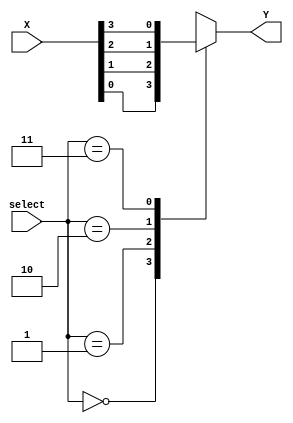
module mux_4_to_1(
    output reg Y,
    input [3:0] X,
    input [1:0] select 
);
always @(X,select)
case(select)
2'b00: Y=X[0];
2'b01: Y=X[1];
2'b10: Y=X[2];
2'b11: Y=X[3];
endcase
endmodule

module de_mux_1_to_4(
    output reg [3:0] Y,
    input X,
    input [1:0] select 
);
always @(X,select)
case(select)
2'b00: begin Y[0]=X;{Y[1],Y[2],Y[3]}=3'b000; end
2'b01: begin Y[1]=X;{Y[0],Y[2],Y[3]}=3'b000; end
2'b10: begin Y[2]=X;{Y[1],Y[0],Y[3]}=3'b000; end
2'b11: begin Y[3]=X;{Y[1],Y[2],Y[0]}=3'b000; end
endcase
endmodule

module de_mux_1_to_4_rev(
    output reg [3:0] Y,
    input X,
    input [1:0] select 
);
always @(X,select)
case(select)
2'b00: begin Y[0]=(!X);{Y[1],Y[2],Y[3]}=3'b111; end
2'b01: begin Y[1]=(!X);{Y[0],Y[2],Y[3]}=3'b111; end
2'b10: begin Y[2]=(!X);{Y[1],Y[0],Y[3]}=3'b111; end
2'b11: begin Y[3]=(!X);{Y[1],Y[2],Y[0]}=3'b111; end
endcase
endmodule

module counter_60(
    output reg next,R,O,G,
    input T,clk,reset
);
reg [5:0] state;
always @(posedge clk,negedge reset)
if (reset==1'b0) begin state<=6'b000000; end
else begin
    if (state>=6'b000000 && state<6'b110110) begin
        if(T==1'b1) state<=state+6'b000001;
        else state<=6'b110110; end
    else if (state==6'b110110) state<=state+6'b000001;
    else if (state>=6'b110111 && state<=6'b111010) state<=state+6'b000001;
    else if (state>=6'b111011) state<=6'b000000;
end

always @(state)
if (state>=6'b000000 && state<=6'b110110) begin
    G=1'b1;R=1'b1;O=1'b0;next=1'b0;end
else if (state>=6'b110111 && state<=6'b111010)begin
    G=1'b0;R=1'b1;O=1'b1;next=1'b0;end
else if (state>=6'b111011)begin
    G=1'b0;R=1'b1;O=1'b1;next=1'b1;end
endmodule

module traffic_side(
    output reg [1:0] side,
    input next,t1,t2,t3,t4,clk,reset
);
always @(posedge clk,negedge reset)
if (reset==1'b0) side<=2'b00;
else 
case (side)
2'b00: if (next==1'b0) side<=2'b00;else begin
    if (t2==1'b1) side<=2'b01;
    else if (t3==1'b1) side<=2'b10;
    else if (t4==1'b1) side<=2'b11;
 end
2'b01: if (next==1'b0) side<=2'b01;else begin
    if (t3==1'b1) side<=2'b10;
    else if (t4==1'b1) side<=2'b11;
    else if (t1==1'b1) side<=2'b00;
 end
2'b10: if (next==1'b0) side<=2'b10;else begin
    if (t4==1'b1) side<=2'b11;
    else if (t1==1'b1) side<=2'b00;
    else if (t2==1'b1) side<=2'b01;
 end
2'b11: if (next==1'b0) side<=2'b11;else begin
    if (t1==1'b1) side<=2'b00;
    else if (t2==1'b1) side<=2'b01;
    else if (t3==1'b1) side<=2'b10;
 end
endcase
endmodule

module main_module(
    output R1,O1,G1,
    output R2,O2,G2,
    output R3,O3,G3,
    output R4,O4,G4,
    input t1,t2,t3,t4,clk,reset
);
wire [1:0] side;
wire next,R,G,O,T;

mux_4_to_1 M1(T,{t4,t3,t2,t1},side);
de_mux_1_to_4 D1({G4,G3,G2,G1},G,side);
de_mux_1_to_4 D2({O4,O3,O2,O1},O,side);
de_mux_1_to_4_rev V1({R4,R3,R2,R1},R,side);

traffic_side T1(side,next,t1,t2,t3,t4,clk,reset);
counter_60 C1(next,R,O,G,T,clk,reset);
endmodule